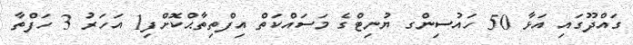
ގައްދޫގައި އަޅާ 50 ހައުސިންގ ޔުނިޓްގެ މަސައްކަތް އިފްތިތާޙްކޮށްފި1 އަހަރު 3 ހަފްތާ